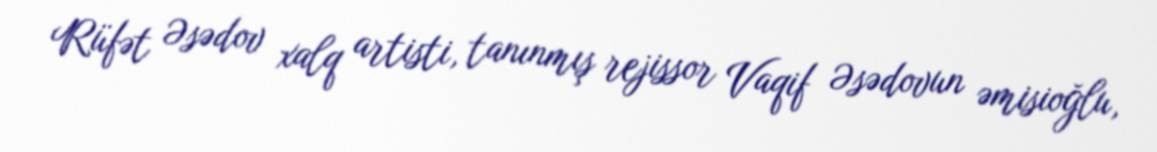
Rüfət Əsədov xalq artisti, tanınmış rejissor Vaqif Əsədovun əmisioğlu,